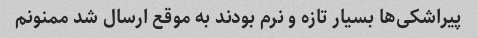
پیراشکی‌ها بسیار تازه و نرم بودند به موقع ارسال شد ممنونم